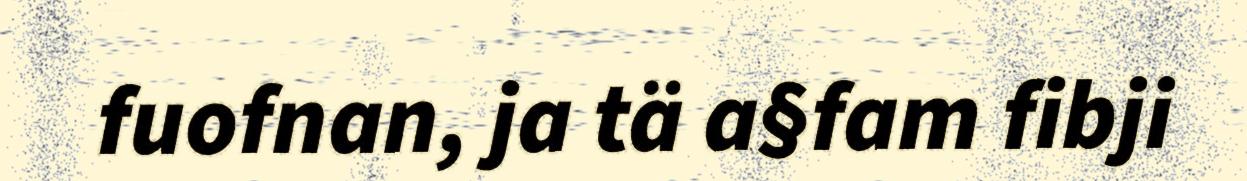
fuofnan, ja tä a§fam fibji